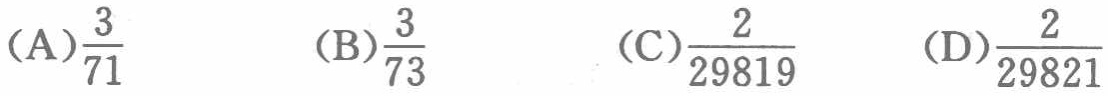
（A）\(\frac{3}{71}\) （B）\(\frac{3}{73}\) （C）\(\frac{2}{29819}\) （D）\(\frac{2}{29821}\)